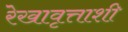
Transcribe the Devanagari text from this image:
रेखावृत्ताशी